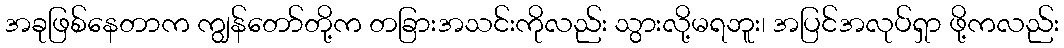
အခုဖြစ်နေတာက ကျွန်တော်တို့က တခြားအသင်းကိုလည်း သွားလို့မရဘူး၊ အပြင်အလုပ်ရှာ ဖို့ကလည်း